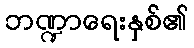
ဘဏ္ဍာရေးနှစ်၏